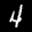
Label: 4